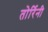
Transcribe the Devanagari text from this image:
तोर्रिनी